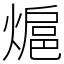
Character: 熩